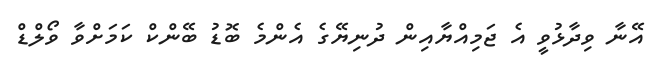
އޭނާ ވިދާޅުވީ އެ ޖަމިއްޔާއިން ދުނިޔޭގެ އެންމެ ބޮޑު ބޭންކް ކަމަށްވާ ވޯލްޑް